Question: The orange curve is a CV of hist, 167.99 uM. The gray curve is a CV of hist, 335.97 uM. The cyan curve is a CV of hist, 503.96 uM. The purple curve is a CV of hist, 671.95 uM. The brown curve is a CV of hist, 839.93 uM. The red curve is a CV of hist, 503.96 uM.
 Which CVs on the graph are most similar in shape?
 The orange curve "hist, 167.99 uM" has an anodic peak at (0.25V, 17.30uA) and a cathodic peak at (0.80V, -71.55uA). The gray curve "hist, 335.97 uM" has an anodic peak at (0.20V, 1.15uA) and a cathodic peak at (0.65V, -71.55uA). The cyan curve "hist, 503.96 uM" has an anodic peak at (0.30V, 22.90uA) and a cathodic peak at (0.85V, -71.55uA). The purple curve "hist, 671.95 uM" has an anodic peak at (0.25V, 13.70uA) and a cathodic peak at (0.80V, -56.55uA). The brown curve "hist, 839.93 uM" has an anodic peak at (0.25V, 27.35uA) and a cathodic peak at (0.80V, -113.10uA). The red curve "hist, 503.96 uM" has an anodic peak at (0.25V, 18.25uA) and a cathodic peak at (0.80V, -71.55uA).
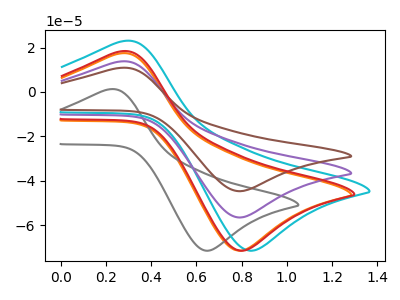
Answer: <think>"hist, 167.99 uM" and "hist, 335.97 uM" have at least one peak that do not match. All the peaks in "hist, 167.99 uM" have a peak in "hist, 503.96 uM" at the same potential. All the peaks in "hist, 167.99 uM" have a peak in "hist, 671.95 uM" at the same potential. Every peak in "hist, 167.99 uM" is higher than every peak in "hist, 671.95 uM". All the peaks in "hist, 167.99 uM" have a peak in "hist, 839.93 uM" at the same potential. Every peak in "hist, 167.99 uM" is lower than every peak in "hist, 839.93 uM". All the peaks in "hist, 167.99 uM" have a peak in "hist, 503.96 uM" at the same potential. "hist, 335.97 uM" and "hist, 503.96 uM" have at least one peak that do not match. "hist, 335.97 uM" and "hist, 671.95 uM" have at least one peak that do not match. "hist, 335.97 uM" and "hist, 839.93 uM" have at least one peak that do not match. "hist, 335.97 uM" and "hist, 503.96 uM" have at least one peak that do not match. All the peaks in "hist, 503.96 uM" have a peak in "hist, 671.95 uM" at the same potential. Every peak in "hist, 503.96 uM" is higher than every peak in "hist, 671.95 uM". All the peaks in "hist, 503.96 uM" have a peak in "hist, 839.93 uM" at the same potential. Every peak in "hist, 503.96 uM" is lower than every peak in "hist, 839.93 uM". All the peaks in "hist, 503.96 uM" have a peak in "hist, 503.96 uM" at the same potential. All the peaks in "hist, 671.95 uM" have a peak in "hist, 839.93 uM" at the same potential. Every peak in "hist, 671.95 uM" is lower than every peak in "hist, 839.93 uM". All the peaks in "hist, 671.95 uM" have a peak in "hist, 503.96 uM" at the same potential. Every peak in "hist, 671.95 uM" is lower than every peak in "hist, 503.96 uM". All the peaks in "hist, 839.93 uM" have a peak in "hist, 503.96 uM" at the same potential. Every peak in "hist, 839.93 uM" is higher than every peak in "hist, 503.96 uM".
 </think>
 <answer>"hist, 167.99 uM", "hist, 503.96 uM", "hist, 671.95 uM", "hist, 839.93 uM" and "hist, 503.96 uM" have the same shape and are likely CV's of the same chemical.</answer>
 <eval>"hist, 167.99 uM" "hist, 503.96 uM" "hist, 671.95 uM" "hist, 839.93 uM" "hist, 503.96 uM"</eval>